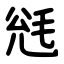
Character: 毤